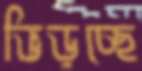
ভিড়চ্ছে